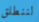
لننطلق